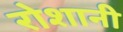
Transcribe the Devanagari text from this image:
रोशानी